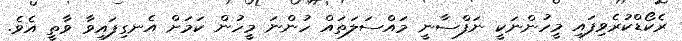
ރެކޯޑްކުރެވިފައި މީހުންނަކީ ނަފްސާނީ މައްސަލަތައް ހުންނަ މީހުން ކަމަށް އެނގިފައިވާ ވާތީ އެވެ.